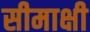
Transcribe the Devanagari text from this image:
सीमाक्षी